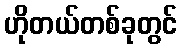
ဟိုတယ်တစ်ခုတွင်